Calcutta medical institutions reports 1892-1900
Year: 1892
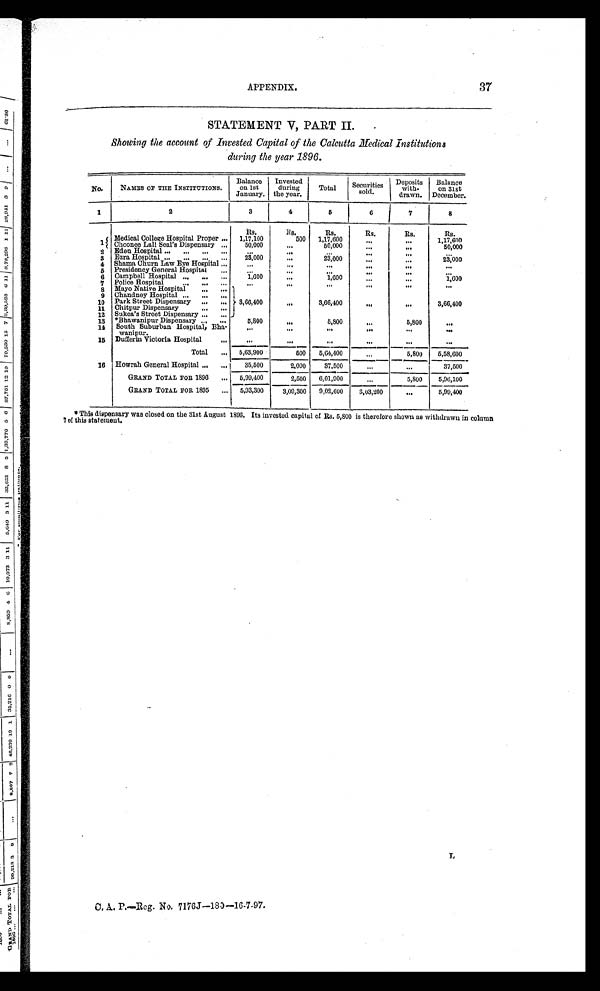
APPENDIX.37
STATEMENT V, PART II.
Showing the account of Invested Capital of the Calcutta Medical Institutions
during the year 1896.
No.
NAMES OF THE INSTITUTIONS.
Balance
on 1st January.
Invested
during
the year.
Total
Securities
sold.
Deposits
with-drawn.
Balance
on 31st
December.
1
2
3
4
6
6
7
8
Rs.
R s . Rs.
Rs.
Rs.
Rs.
1 Medical College Hospital Proper . . .
1,17,100
500
1,17,600
. . .
. . . 1,17,600
Choonee Lall Seal's Dispensary . . .
50,000
. . . 50,000
. . .
. . .
5 0 , 0 0 0
2
Eden Hospital . . .
. . .
. . .
. . .
. . .
. . .
. . .
3
Ezra Hospital . . .
23,000
. . .
23,000
. . .
. . .
23,000
4
Shama Churn Law Eye Hospital . . .
. . .
. . .
. . .
. . .
. . .
. . .
6
Presidency General Hospital . . .
. . .. . .
. . .
. . .
. . .
6
Campbell Hospital . . .
1,600
. . .
1,600
. . .
. . .
1 , 6 0 0
7
Police Hospital . . .
. . .
. . .
. . .
. . .
. . .
. . .
Mayo Native Hospital . . .
8
3,66,40
0
. . . 3,66,400
. . .
. . . 3,66,400
9
Chandney Hospital . . .
10
Park Street Dispensary . . .
1 1 Chitpur Dispensary . . .
12
Sukea's Street Dispensary . . .
13
*Bhawanipur Dispensary . . .
5,800
. . .
5,800
. . .
5 , 8 0 0
. . .
14
South Suburban Hospital, Bha
-
wanipur.
. . .
. . .
. . .
. . .
. . .
. . .
15
Dufferin Victoria Hospital . . .
. . .
. . .
. . .
. . .
. . .
. . .
Total . . .
5,63,900
500
5,64,400
. . .
5,800
5,58,600
16
Howrah General Hospital . . .
35,500
2,000
37,500
. . .
. . .
37,500
GRAND TOTAL FOR 1890 . . .
5,99,400
2,500
6,01,900
. . .
5,800
5,96,100
GRAND TOTAL FOR 1895 . . .
5,93,300
3,09,300
9,02,600
3,03,200
. . .
5,99,400
* This dispensary was closed on the 31st August 1806. Its invested capital of Rs. 5,800 is therefore shown as withdrawn in column
7 of this statement.
C. A. P.—Reg. No. 7176J—180—16-7-97.